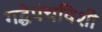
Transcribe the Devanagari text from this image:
गद्धेपंचविशी